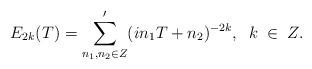
LaTeX: \begin{align*}E_{2k}(T)= \sum_{n_1, n_2 \in Z}^{\prime}(in_1 T + n_2)^{-2k},\;\;k\;\in\;Z.\end{align*}